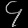
Digit: ၄